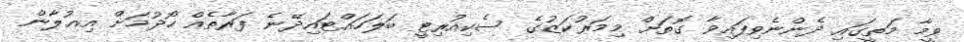
ވީމާ މަތީގައި ދެންނެވިފައިވާ ގޮތަށް މިމަރުކަޒުގެ ސެކިއުރިޓީ ބަލަހައްޓައިދޭނެ ފަރާތެއް ހޯދުމަށް އިޢުލާން